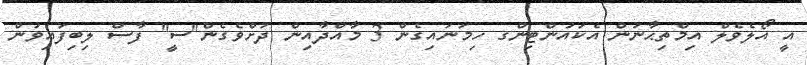
އީ އޯލެވެލް އިމްތިޙާނުން އެކައުންޓިންގ ހިމަނައިގެން 3 މާއްދާއިން ދަށްވެގެން"ސީ" ފާސް ލިބިފައިވުން